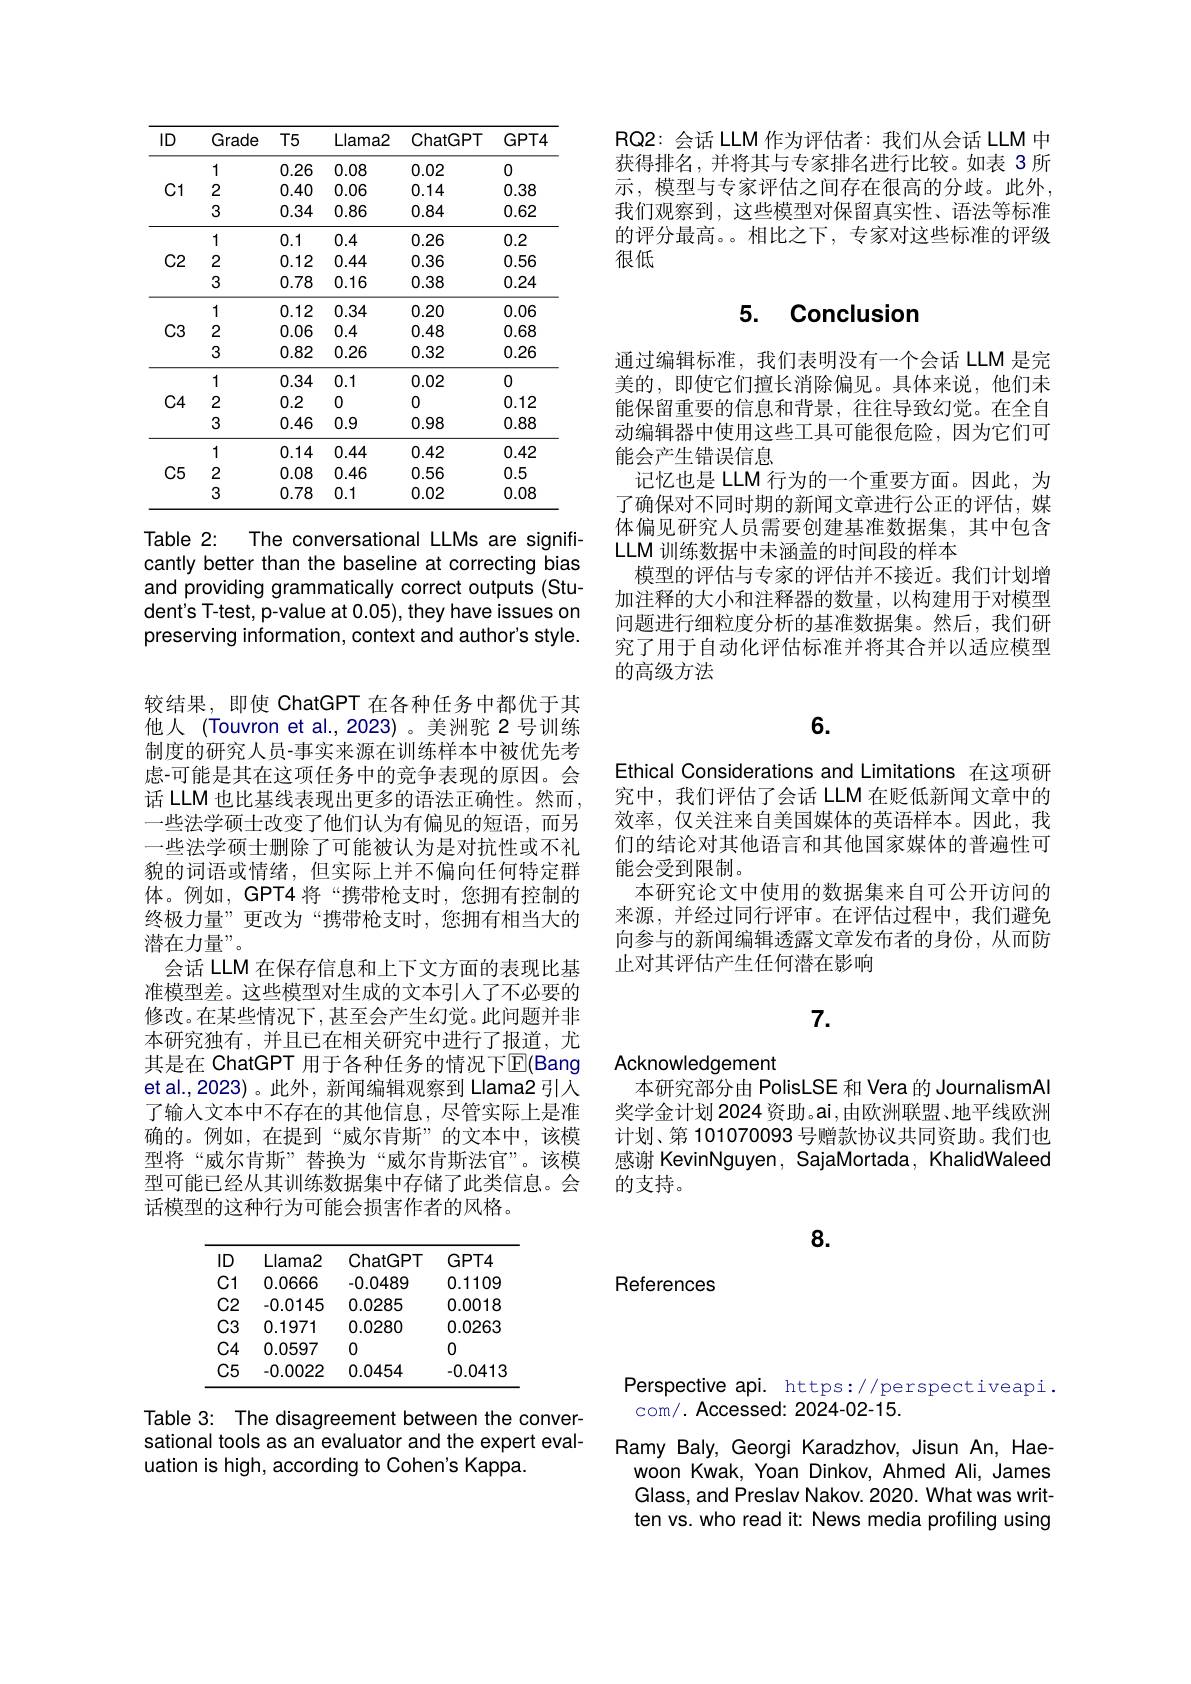
<table>
	<tbody>
		<tr>
			<th>ID</th>
			<th>Grade</th>
			<th>$T5$</th>
			<th>Llama2</th>
			<th>ChatGPT</th>
			<th>$GPT4$</th>
		</tr>
		<tr>
			<td rowspan="3">C1</td>
			<td>1</td>
			<td>0.26</td>
			<td>0.08</td>
			<td>0.02</td>
			<td>0</td>
		</tr>
		<tr>
			<td>2</td>
			<td>0.40</td>
			<td>0.06</td>
			<td>0.14</td>
			<td>0.38</td>
		</tr>
		<tr>
			<td>3</td>
			<td>0.34</td>
			<td>0.86</td>
			<td>0.84</td>
			<td>0.62</td>
		</tr>
		<tr>
			<td rowspan="3">$C2$</td>
			<td>1</td>
			<td>0.1</td>
			<td>0.4</td>
			<td>0.26</td>
			<td>0.2</td>
		</tr>
		<tr>
			<td>2</td>
			<td>0.12</td>
			<td>0.44</td>
			<td>0.36</td>
			<td>0.56</td>
		</tr>
		<tr>
			<td>3</td>
			<td>0.78</td>
			<td>0.16</td>
			<td>0.38</td>
			<td>0.24</td>
		</tr>
		<tr>
			<td rowspan="3">$C3$</td>
			<td>1</td>
			<td>0.12</td>
			<td>0.34</td>
			<td>0.20</td>
			<td>0.06</td>
		</tr>
		<tr>
			<td>2</td>
			<td>0.06</td>
			<td>0.4</td>
			<td>0.48</td>
			<td>0.68</td>
		</tr>
		<tr>
			<td>3</td>
			<td>0.82</td>
			<td>0.26</td>
			<td>0.32</td>
			<td>0.26</td>
		</tr>
		<tr>
			<td> </td>
			<td>1</td>
			<td>0.34</td>
			<td>0.1</td>
			<td>0.02</td>
			<td>0</td>
		</tr>
		<tr>
			<td rowspan="2">$C4$</td>
			<td>2</td>
			<td>0.2</td>
			<td>0</td>
			<td>0</td>
			<td>0.12</td>
		</tr>
		<tr>
			<td>3</td>
			<td>0.46</td>
			<td>0.9</td>
			<td>0.98</td>
			<td>0.88</td>
		</tr>
		<tr>
			<td rowspan="3">$C5$</td>
			<td>1</td>
			<td>0.14</td>
			<td>0.44</td>
			<td>0.42</td>
			<td>0.42</td>
		</tr>
		<tr>
			<td>2</td>
			<td>0.08</td>
			<td>0.46</td>
			<td>0.56</td>
			<td>0.5</td>
		</tr>
		<tr>
			<td>3</td>
			<td>0.78</td>
			<td>0.1</td>
			<td>0.02</td>
			<td>0.08</td>
		</tr>
	</tbody>
</table>

Table 2:
The conversational LLMs are signifi-
cantly better than the baseline at correcting bias and providing grammatically correct outputs (Student's T-test, p-value at 0.05), they have issues on preserving information, context and author's style.

较结果，即使 ChatGPT 在各种任务中都优于其他人 (Touvron et al.,2023) 。美洲驼 2号训练制度的研究人员-事实来源在训练样本中被优先考虑-可能是其在这项任务中的竞争表现的原因。会话 LLM 也比基线表现出更多的语法正确性。然而， 一些法学硕士改变了他们认为有偏见的短语，而另一些法学硕士删除了可能被认为是对抗性或不礼貌的词语或情绪，但实际上并不偏向任何特定群体。例如，GPT4 将“携带枪支时，您拥有控制的终极力量”更改为“携带枪支时，您拥有相当大的潜在力量”。
会话 LLM 在保存信息和上下文方面的表现比基准模型差。这些模型对生成的文本引人了不必要的修改。在某些情况下，甚至会产生幻觉。此问题并非本研究独有，并且已在相关研究中进行了报道，尤其是在 ChatGPT 用于各种任务的情况下$\overline{\mathrm{E}}($Bang et al., 2023) 。此外 , 新闻编辑观察到 Llama2 引入了输人文本中不存在的其他信息，尽管实际上是准确的。例如，在提到“威尔肯斯”的文本中，该模型将“威尔肯斯”替换为“威尔肯斯法官”。该模型可能已经从其训练数据集中存储了此类信息。会话模型的这种行为可能会损害作者的风格。

<table>
	<tbody>
		<tr>
			<th>$||D$</th>
			<th>Llama2</th>
			<th>ChatGPT</th>
			<th>$GPT4$</th>
		</tr>
		<tr>
			<td>C1 </td>
			<td>0.0666</td>
			<td>-0.0489</td>
			<td>0.1109</td>
		</tr>
		<tr>
			<td>$C2$</td>
			<td>-0.0145</td>
			<td>0.0285</td>
			<td>0.0018</td>
		</tr>
		<tr>
			<td>$C3$</td>
			<td>0.1971</td>
			<td>0.0280</td>
			<td>0.0263</td>
		</tr>
		<tr>
			<td>$C4$</td>
			<td>0.0597</td>
			<td>0</td>
			<td>0</td>
		</tr>
		<tr>
			<td>$C5$</td>
			<td>-0.0022</td>
			<td>0.0454</td>
			<td>-0.0413</td>
		</tr>
	</tbody>
</table>

Table 3: The disagreement between the conver sational tools as an evaluator and the expert evaluation is high, according to Cohen's Kappa.

RQ2:会话 LLM 作为评估者：我们从会话 LLM 中获得排名，并将其与专家排名进行比较。如表 3 所示，模型与专家评估之间存在很高的分歧。此外， 我们观察到，这些模型对保留真实性、语法等标准的评分最高。相比之下，专家对这些标准的评级很低

## 5. Conclusion

通过编辑标准，我们表明没有一个会话 LLM 是完美的，即使它们擅长消除偏见。具体来说，他们未能保留重要的信息和背景，在往导致幻觉。在全自动编辑器中使用这些工具可能很危险，因为它们可能会产生错误信息
记忆也是 LLM 行为的一个重要方面。因此，为了确保对不同时期的新闻文章进行公正的评估，媒体偏见研究人员需要创建基准数据集，其中包含LLM 训练数据中未涵盖的时间段的样本
模型的评估与专家的评估并不接近。我们计划增加注释的大小和注释器的数量，以构建用于对模型问题进行细粒度分析的基准数据集。然后，我们研究了用于自动化评估标准并将其合并以适应模型的高级方法

## 6.

Ethical Considerations and Limitations 在这项研究中，我们评估了会话 LLM 在贬低新闻文章中的效率，仅关注来自美国媒体的英语样本。因此，我们的结论对其他语言和其他国家媒体的普遍性可能会受到限制。
本研究论文中使用的数据集来自可公开访问的来源，并经过同行评审。在评估过程中，我们避免向参与的新闻编辑透露文章发布者的身份，从而防止对其评估产生任何潜在影响

# 7.

Acknowledgement
本研究部分由 PolisLSE 和 Vera 的 JournalismAl

奖学金计划 2024 资助。ai ,由欧洲联盟、地平线欧洲计划、第 101070093 号赠款协议共同资助。我们也感谢 KevinNguyen, SajaMortada, KhalidWaleed 的支持。

8.

References

Perspective api. https://perspectiveapi.
com/. Accessed: 2024-02-15.
Ramy Baly, Georgi Karadzhov, Jisun An, Hae-
woon Kwak, Yoan Dinkov, Ahmed Ali, James Glass, and Preslav Nakov. 2020. What was written vs.who read it: News media profiling using